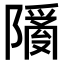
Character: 𬯙